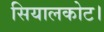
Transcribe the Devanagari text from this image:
सियालकोट।